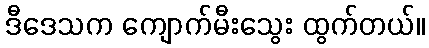
ဒီဒေသက ကျောက်မီးသွေး ထွက်တယ်။